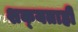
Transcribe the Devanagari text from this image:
शक्‍यताही